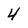
Character: 4